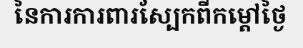
នៃការការពារស្បែកពីកម្តៅថ្ងៃ